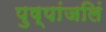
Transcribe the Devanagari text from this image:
पुष्पांजलिं